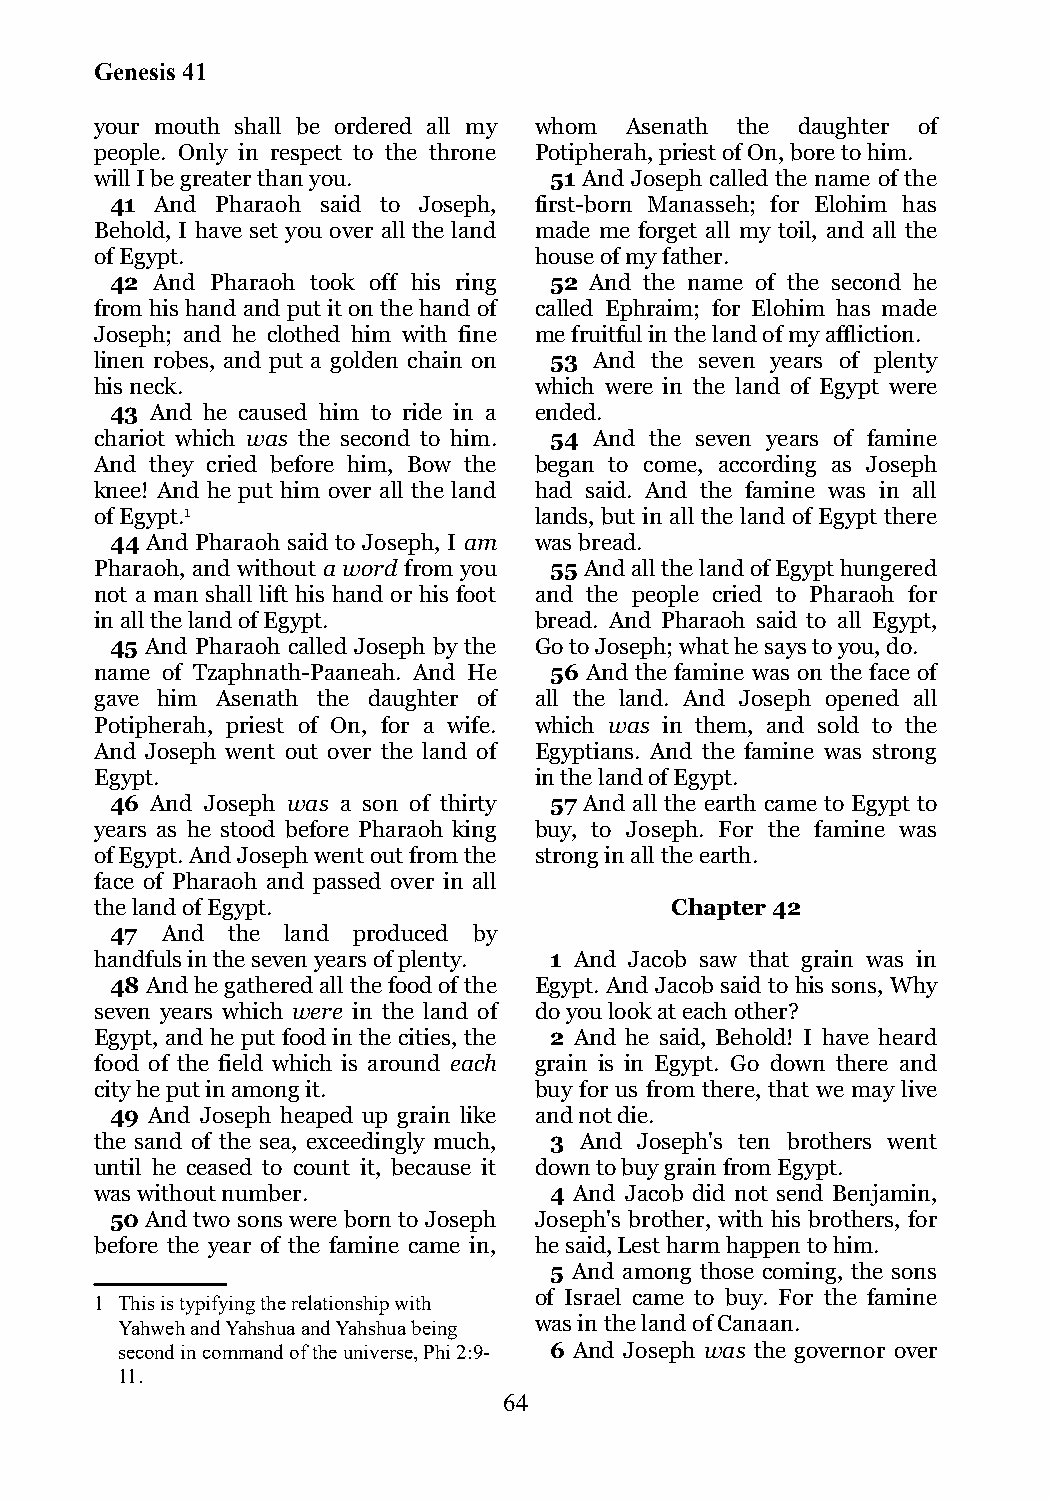
Genesis 41
 your mouth shall be ordered all my whom Asenath the daughter of
 people. Only in respect to the throne Potipherah, priest of On, bore to him.
 will I be greater than you.   51 And Joseph called the name of the
 41 And Pharaoh said to Joseph, first-born Manasseh; for Elohim has
 Behold, I have set you over all the land made me forget all my toil, and all the
 of Egypt.                    house of my father.
 42 And Pharaoh took off his ring 52 And the name of the second he
 from his hand and put it on the hand of called Ephraim; for Elohim has made
 Joseph; and he clothed him with fine me fruitful in the land of my affliction.
 linen robes, and put a golden chain on 53 And the seven years of plenty
 his neck.                    which were in the land of Egypt were
 43 And he caused him to ride in a ended.
 chariot which was the second to him. 54 And the seven years of famine
 And they cried before him, Bow the began to come, according as Joseph
 knee! And he put him over all the land had said. And the famine was in all
 of Egypt.1                   lands, but in all the land of Egypt there
 44 And Pharaoh said to Joseph, I am was bread.
 Pharaoh, and without a word from you 55 And all the land of Egypt hungered
 not a man shall lift his hand or his foot and the people cried to Pharaoh for
 in all the land of Egypt.    bread. And Pharaoh said to all Egypt,
 45 And Pharaoh called Joseph by the Go to Joseph; what he says to you, do.
 name of Tzaphnath-Paaneah. And He 56 And the famine was on the face of
 gave him Asenath the daughter of all the land. And Joseph opened all
 Potipherah, priest of On, for a wife. which was in them, and sold to the
 And Joseph went out over the land of Egyptians. And the famine was strong
 Egypt.                       in the land of Egypt.
 46 And Joseph was a son of thirty 57 And all the earth came to Egypt to
 years as he stood before Pharaoh king buy, to Joseph. For the famine was
 of Egypt. And Joseph went out from the strong in all the earth.
 face of Pharaoh and passed over in all
 the land of Egypt.                    Chapter 42
 47  And the land produced by
 handfuls in the seven years of plenty. 1 And Jacob saw that grain was in
 48 And he gathered all the food of the Egypt. And Jacob said to his sons, Why
 seven years which were in the land of do you look at each other?
 Egypt, and he put food in the cities, the 2 And he said, Behold! I have heard
 food of the field which is around each grain is in Egypt. Go down there and
 city he put in among it.     buy for us from there, that we may live
 49 And Joseph heaped up grain like and not die.
 the sand of the sea, exceedingly much, 3 And Joseph's ten brothers went
 until he ceased to count it, because it down to buy grain from Egypt.
 was without number.           4 And Jacob did not send Benjamin,
 50 And two sons were born to Joseph Joseph's brother, with his brothers, for
 before the year of the famine came in, he said, Lest harm happen to him.
 5 And among those coming, the sons
 of Israel came to buy. For the famine
 1 This is typifying the relationship with
 Yahweh and Yahshua and Yahshua being was in the land of Canaan.
 second in command of the universe, Phi 2:9- 6 And Joseph was the governor over
 11.
 64